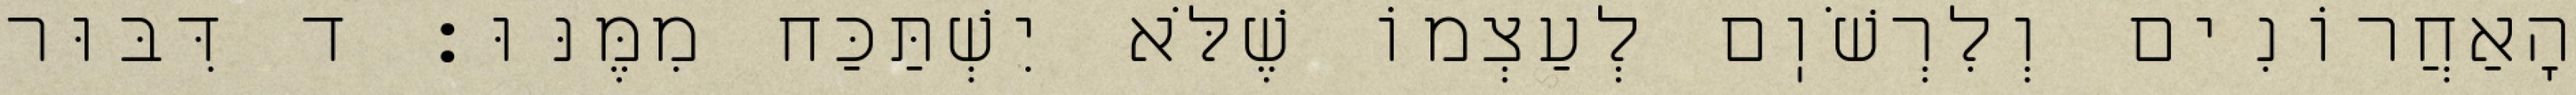
הָאַחֲרוֹנִים וְלִרְשֹׁוֽם לְעַצְמוֹ שֶׁלֹּא יִשְׁתַּכַּח מִמֶּנּוּ: ד דִּבּוּר